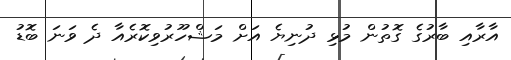
އާރާއި ބާރުގެ ގޮތުން މުޅި ދުނިޔެ އަށް މަޝްހޫރުވިކޮރެއާ ދެ ވަނަ ބޮޑު